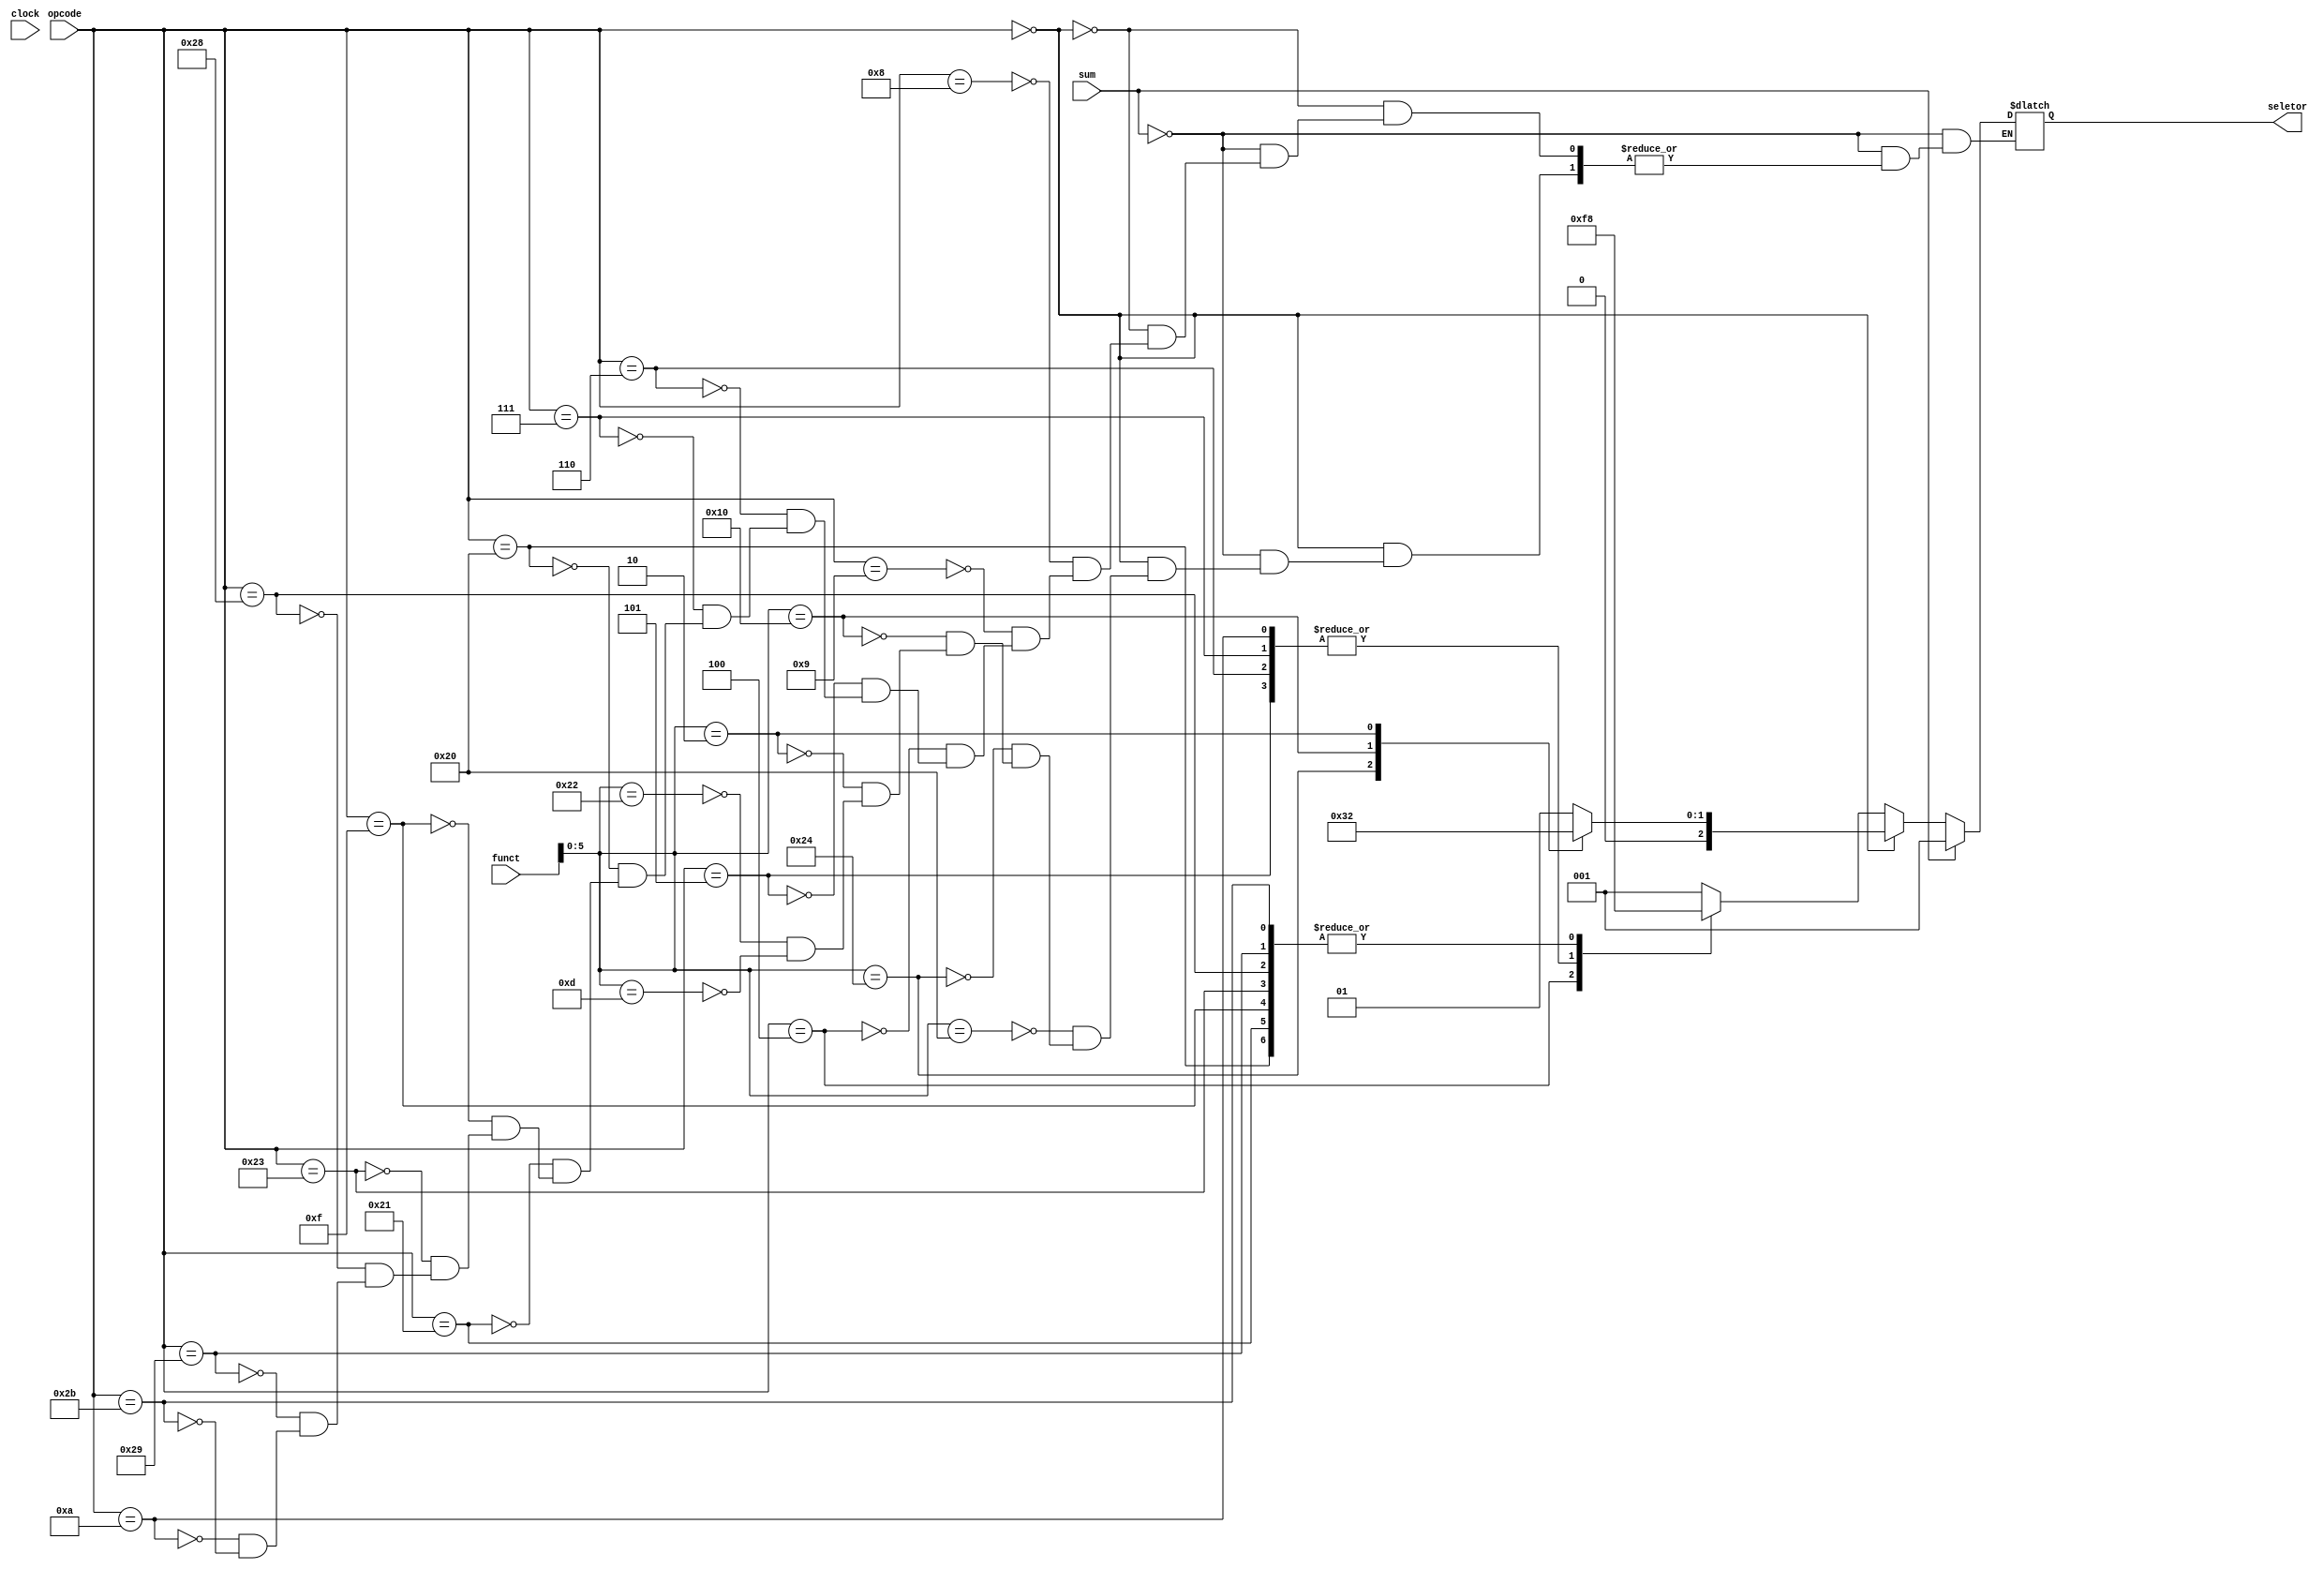
module ula_control (
    input wire clock,
    input wire sum,
    input wire [31:26] opcode,
    input wire [15:0] funct,
    output reg [2:0] seletor
);


always@ (opcode or funct)
begin

    // DEVE SER ATIVA QUANDO PC+4
    if(sum) begin
        seletor = 3'b001;
    end
    
    else begin
        //SE OPCODE == 0
        case (opcode)
            6'h0:   //Tipo R
            case (funct[5:0])
                6'h20: seletor = 3'b001; //add
                6'h24: seletor = 3'b011; //and
                6'h10: seletor = 3'b000; //jr
                6'h2:  seletor = 3'b010; //sub
                6'h22: seletor = 3'b001; //break
                6'hd:  seletor = 3'b001; //Rte
                // 6'd13: 3'b001 //Push
                // 6'd5:  3'b001 //Pop
            endcase
        default:
            case(opcode)
                6'h08:  seletor = 3'b001;  // adddi -  Tipo I incremento de A
                6'h09:  seletor = 3'b001;  // addiu -  Tipo I incremento de A
                6'h04:  seletor = 3'b011;  // beq   -  Tipo I and logico
                6'h05:  seletor = 3'b111;  // bne   -  Tipo I comparação
                6'h06:  seletor = 3'b111;  // ble   -  Tipo I comparação
                6'h07:  seletor = 3'b111;  // bgt   -  Tipo I comparação
                6'h020: seletor = 3'b000;  // lb    -  Tipo I
                6'h021: seletor = 3'b000;  // lh    -  Tipo I
                6'hf:   seletor = 3'b000;  // lui   -  Tipo I
                6'h23:  seletor = 3'b000;  // lw    -  Tipo I
                6'h28:  seletor = 3'b000;  // sb    -  Tipo I
                6'h29:  seletor = 3'b000;  // sh    -  Tipo I
                6'h0a:  seletor = 3'b111;  // slti  -  Tipo I
                6'h2b:  seletor = 3'b000;  // sw    -  Tipo I
            endcase
        endcase
    end
end

endmodule